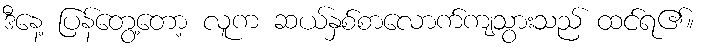
ဒီနေ့ ပြန်တွေ့တော့ လူက ဆယ်နှစ်စာလောက်ကျသွားသည် ထင်ရ၏။